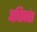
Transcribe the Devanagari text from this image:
अधिाकांश